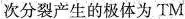
次分裂产生的极体为TM